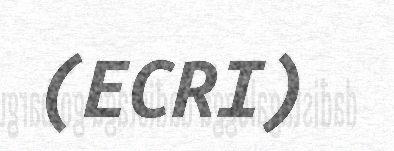
(ECRI)